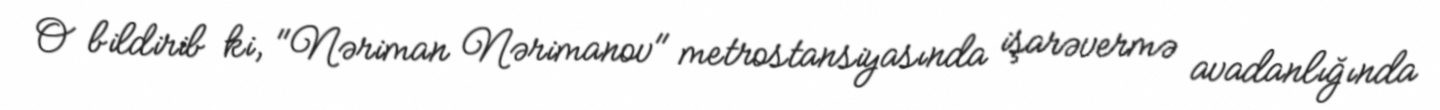
O bildirib ki, "Nəriman Nərimanov" metrostansiyasında işarəvermə avadanlığında